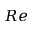
R e